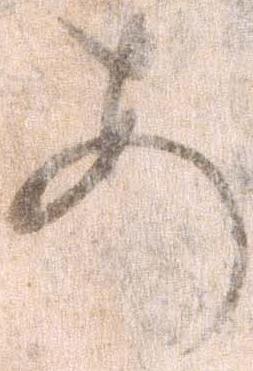
あ